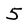
Character: 5